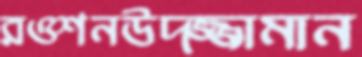
রওশনউদ্জ্জামান